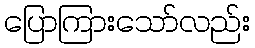
ပြောကြားသော်လည်း